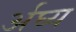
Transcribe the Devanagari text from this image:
र्अघ्य